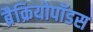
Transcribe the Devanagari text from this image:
ब्रैक्रियोपॉडस